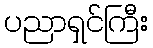
ပညာရှင်ကြီး